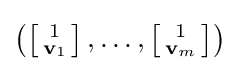
{\textstyle \left(\left[{\begin{smallmatrix}1\\\mathbf {v} _{1}\end{smallmatrix}}\right],\ldots ,\left[{\begin{smallmatrix}1\\\mathbf {v} _{m}\end{smallmatrix}}\right]\right)}